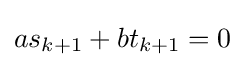
as_{k+1}+bt_{k+1}=0